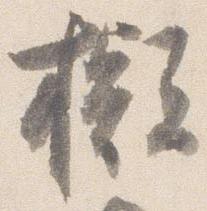
擬